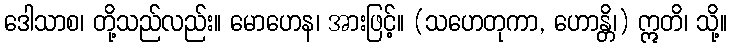
ဒေါသာစ၊ တို့သည်လည်း။ မောဟေန၊ အားဖြင့်။ (သဟေတုကာ, ဟောန္တိ၊) ဣတိ၊ သို့။